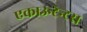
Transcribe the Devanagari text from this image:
एकाउन्टेन्टस